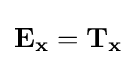
\mathbf {E_{x}} =\mathbf {T_{x}}